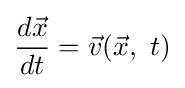
{\frac {d{\vec {x}}}{dt}}={\vec {v}}({\vec {x}},~t)